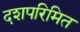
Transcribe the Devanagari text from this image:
दशपरिमित